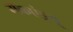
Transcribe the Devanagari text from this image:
मॅकएंड्र्यू